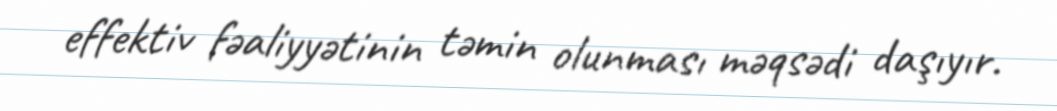
effektiv fəaliyyətinin təmin olunması məqsədi daşıyır.